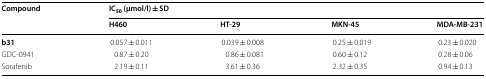
<table><thead><tr><td rowspan="2"><b>Compound</b></td><td colspan="4"><b>IC<sub>50</sub> (μmol/l) ± SD</b></td></tr><tr><td><b>H460</b></td><td><b>HT-29</b></td><td><b>MKN-45</b></td><td><b>MDA-MB-231</b></td></tr></thead><tbody><tr><td><b>b31</b></td><td>0.057 ± 0.011</td><td>0.039 ± 0.008</td><td>0.25 ± 0.019</td><td>0.23 ± 0.020</td></tr><tr><td>GDC-0941</td><td>0.87 ± 0.20</td><td>0.86 ± 0.081</td><td>0.60 ± 0.12</td><td>0.28 ± 0.06</td></tr><tr><td>Sorafenib</td><td>2.19 ± 0.11</td><td>3.61 ± 0.36</td><td>2.32 ± 0.35</td><td>0.94 ± 0.13</td></tr></tbody></table>